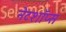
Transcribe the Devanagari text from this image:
नेटशॉप्स